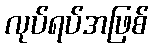
လုပ်ရပ်အဖြစ်